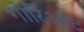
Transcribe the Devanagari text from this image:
गोरिऑट